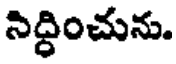
నిద్ధించును.